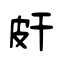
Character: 皯